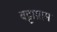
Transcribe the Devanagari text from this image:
बट्टाग्राम